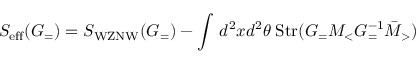
S _ { \mathrm { e f f } } ( G _ { = } ) = S _ { \mathrm { W Z N W } } ( G _ { = } ) - \int \, d ^ { 2 } x d ^ { 2 } \theta \; \mathrm { S t r } ( G _ { = } M _ { < } G _ { = } ^ { - 1 } \bar { M } _ { > } )